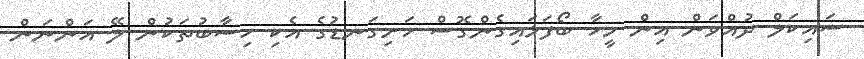
ސައިކަލް ދުއްވަން އިން މީހާ ބޯފަޅައިގެންގޮސް ހަށިގަނޑުގެ އެކި ހިސާބުތަކުން ލޭ އަންނަން